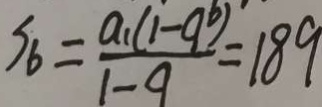
S _ { 6 } = \frac { a _ { 1 } ( 1 - 9 ^ { b } ) } { 1 - 9 } = 1 8 9